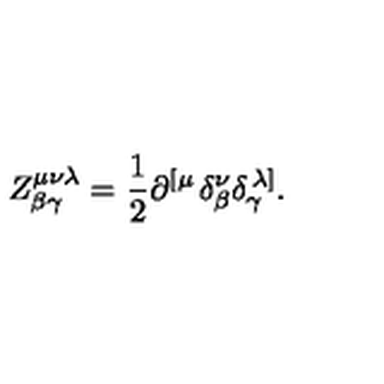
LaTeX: Z _ { \beta \gamma } ^ { \mu \nu \lambda } = \frac 1 2 \partial ^ { \left[ \mu \right. } \delta _ { \beta } ^ { \nu } \delta _ { \gamma } ^ { \left. \lambda \right] } .